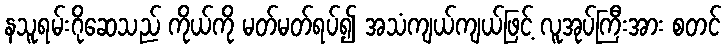
နသူရမ်းဂိုဆေသည် ကိုယ်ကို မတ်မတ်ရပ်၍ အသံကျယ်ကျယ်ဖြင့် လူအုပ်ကြီးအား စတင်